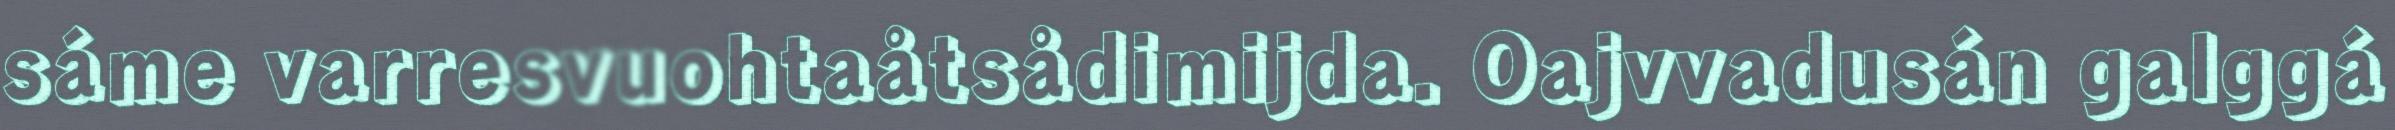
sáme varresvuohtaåtsådimijda. Oajvvadusán galggá